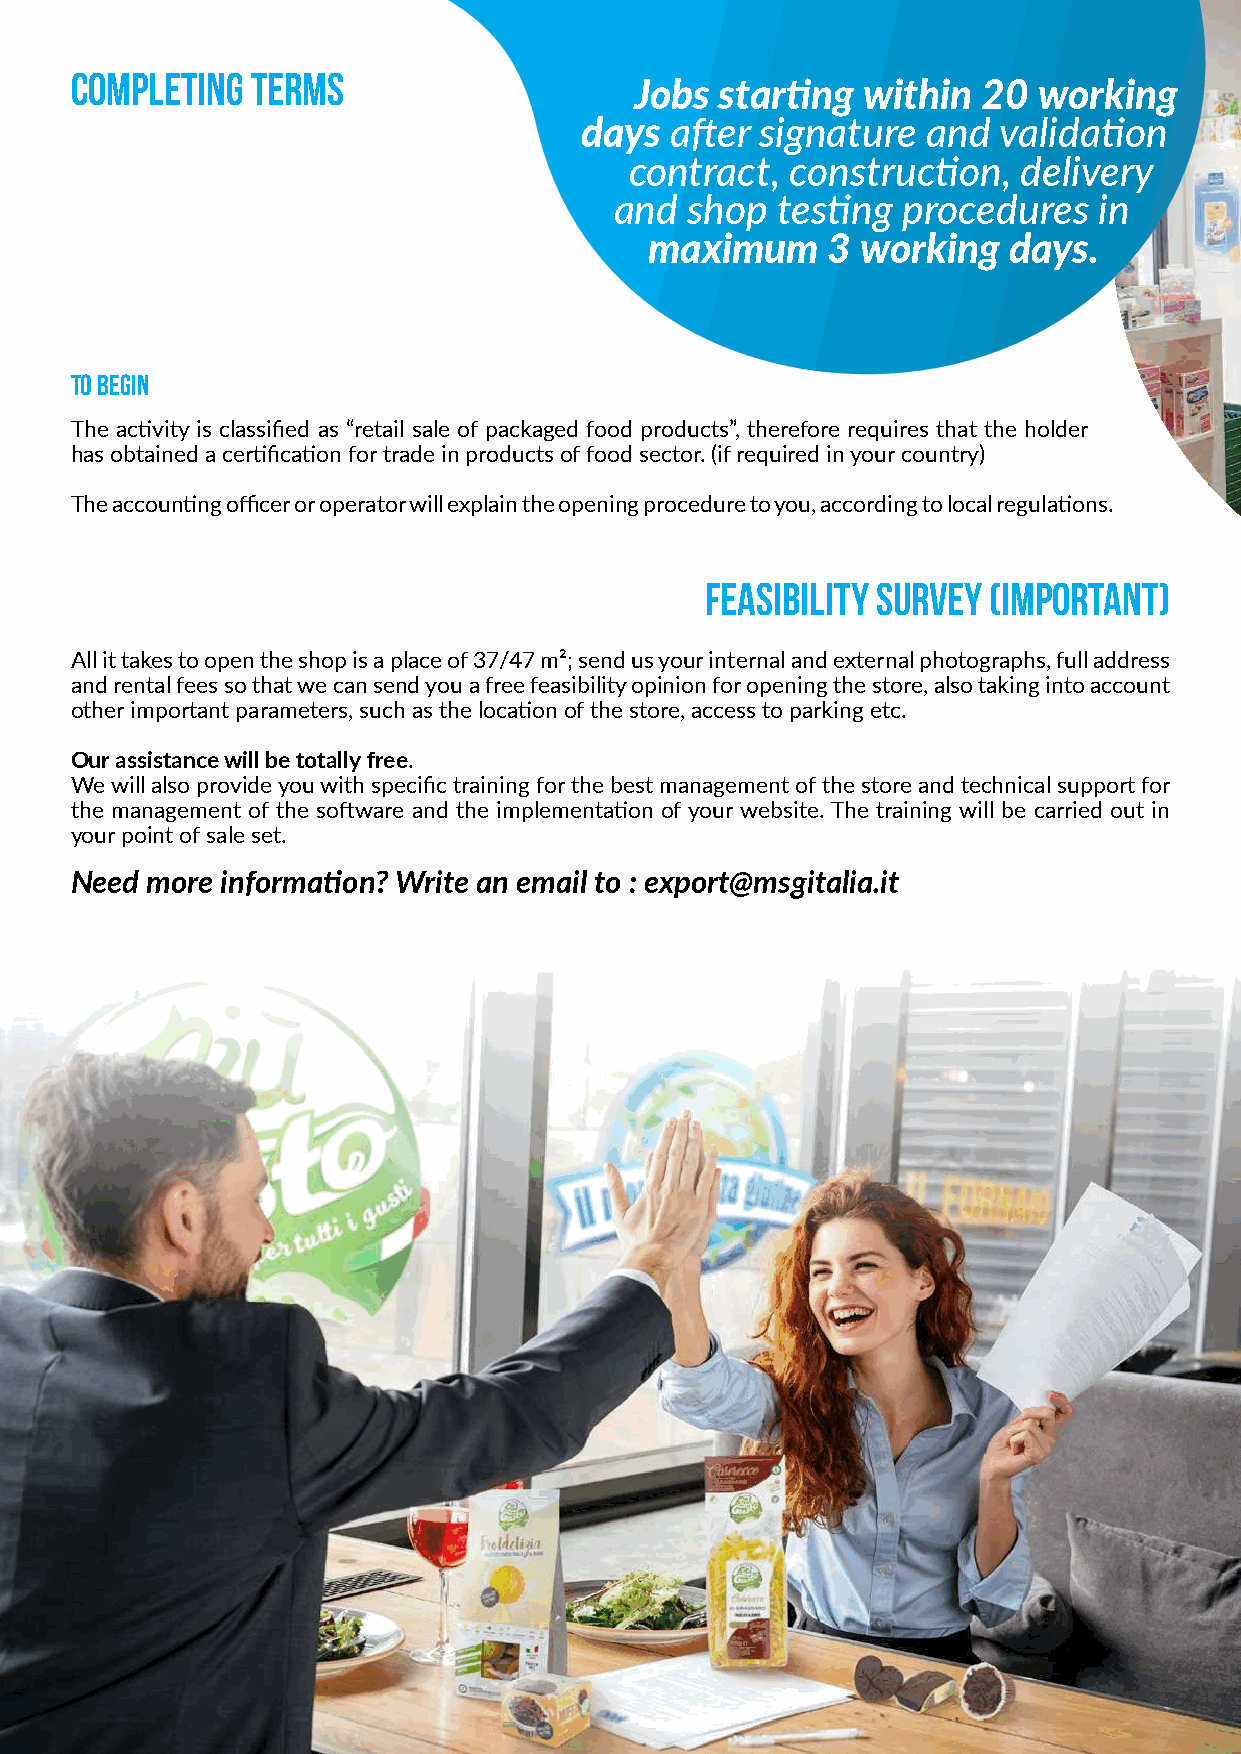
Completing  terms
 Jobs  starting within  20  working
 days  after signature  and  validation
 contract, construction,   delivery
 and  shop testing  procedures   in
 maximum     3 working   days.
 TO BEGIN
 The activity is classified as “retail sale of packaged food products”, therefore requires that the holder
 has obtained a certification for trade in products of food sector. (if required in your country)
 The accounting officer or operator will explain the opening procedure to you, according to local regulations.
 NON
 HAI IL CORSO EX REC O SAB O I REQUISITI? CI PENSIAMO NOI!
 Feasibility survey (important)
 All it takes to open the shop is a place of 37/47 m²; send us your internal and external photographs, full address
 and rental fees so that we can send you a free feasibility opinion for opening the store, also taking into account
 other important parameters, such as the location of the store, access to parking etc.
 Our assistance will be totally free.
 We will also provide you with specific training for the best management of the store and technical support for
 the management of the software and the implementation of your website. The training will be carried out in
 your point of sale set.
 Need more information? Write an email to : export@msgitalia.it